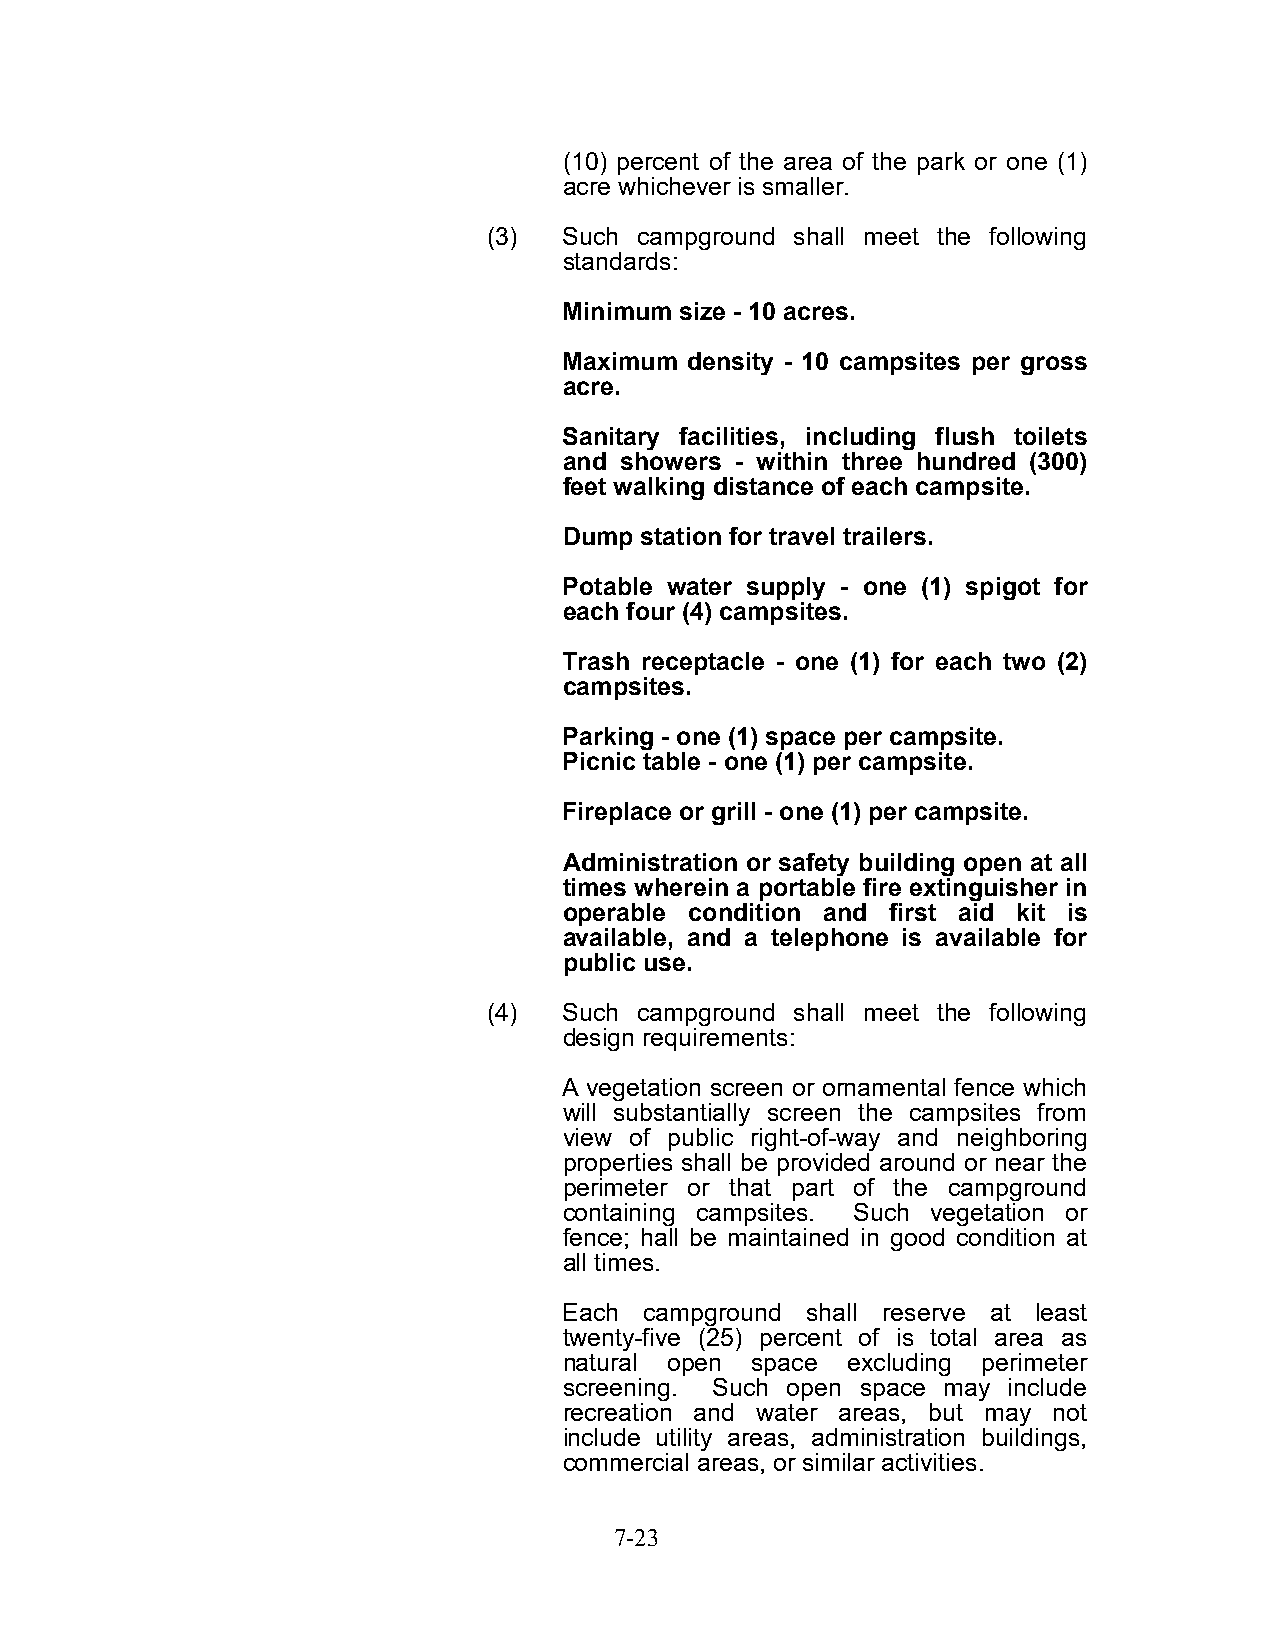
(10) percent of the area of the park or one (1)
 acre whichever is smaller.
 (3)  Such campground shall meet the following
 standards:
 Minimum size - 10 acres.
 Maximum density - 10 campsites per gross
 acre.
 Sanitary facilities, including flush toilets
 and showers - within three hundred (300)
 feet walking distance of each campsite.
 Dump station for travel trailers.
 Potable water supply - one (1) spigot for
 each four (4) campsites.
 Trash receptacle - one (1) for each two (2)
 campsites.
 Parking - one (1) space per campsite.
 Picnic table - one (1) per campsite.
 Fireplace or grill - one (1) per campsite.
 Administration or safety building open at all
 times wherein a portable fire extinguisher in
 operable condition and first aid kit is
 available, and a telephone is available for
 public use.
 (4)  Such campground shall meet the following
 design requirements:
 A vegetation screen or ornamental fence which
 will substantially screen the campsites from
 view of public right-of-way and neighboring
 properties shall be provided around or near the
 perimeter or that part of the campground
 containing campsites. Such vegetation or
 fence; hall be maintained in good condition at
 all times.
 Each  campground shall reserve at least
 twenty-five (25) percent of is total area as
 natural open space excluding perimeter
 screening. Such open space may include
 recreation and water areas, but may not
 include utility areas, administration buildings,
 commercial areas, or similar activities.
 7-23